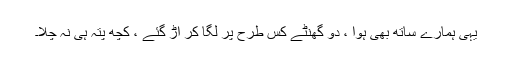
یہی ہمارے ساتھ بھی ہوا ، دو گھنٹے کس طرح پر لگا کر اڑ گئے ، کچھ پتہ ہی نہ چلا۔